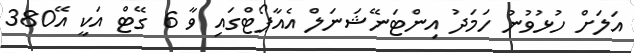
އަލަށް ހުޅުވުނު ހަމަދު އިންޓަނޭޝަނަލް އެއާޕޯޓްގައި ވާ 6 ގޭޓް އަކީ އޭ380